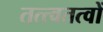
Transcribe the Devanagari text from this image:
तत्त्वतत्वों